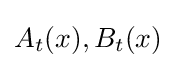
A_{t}(x),B_{t}(x)